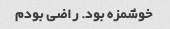
خوشمزه بود. راضی بودم